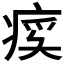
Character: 𬏰